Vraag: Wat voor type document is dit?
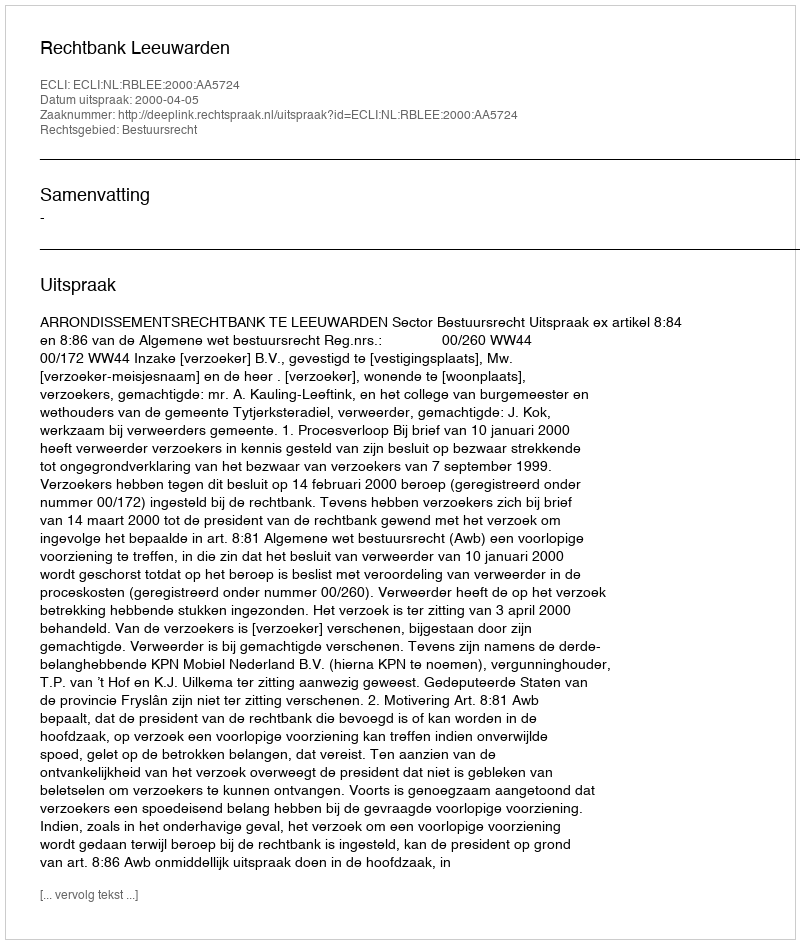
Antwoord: Uitspraak